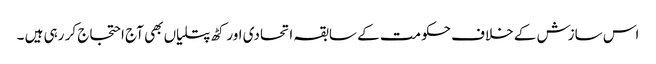
اس سازش کے خلاف حکومت کے سابقہ اتحادی اور کٹھ پتلیاں بھی آج احتجاج کر رہی ہیں ۔